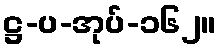
ဋ္ဌ-ပ-အုပ်-၁၆၂။